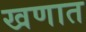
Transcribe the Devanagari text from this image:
खणात